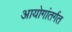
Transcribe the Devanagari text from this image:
आयोगांतर्गत